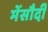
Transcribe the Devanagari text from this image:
मेंसौदी